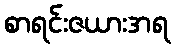
စာရင်းဇယားအရ